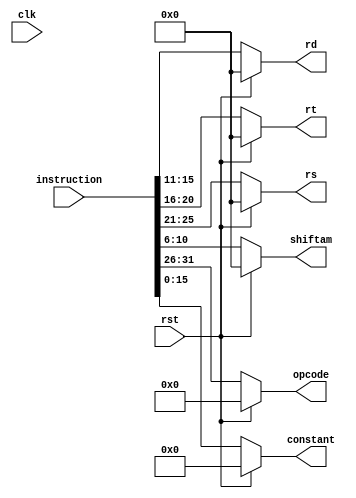
module decoder(input clk, input rst,
input [31:0]instruction, output reg[4:0] rs,
output reg[4:0] rt, output reg[4:0] rd, 
output reg[15:0] constant, output reg[5:0] opcode, output reg[4:0] shiftam
    );
	 always@(*)begin
	 if(rst)begin
	 rs<=5'd0;
	 rt<=5'd0;
	 rd<=5'd0;
	 constant<=16'd0;
	 opcode<=6'd0;
	 shiftam<=5'd0;
	 end
	 else begin
	 rt<=instruction[20:16];
	 rs<=instruction[25:21];
	 rd<=instruction[15:11];
	 constant <= instruction[15:0];
	 opcode<=instruction[31:26];
	 shiftam<=instruction[10:6];
	 end

end

endmodule